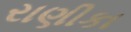
રાણીકા